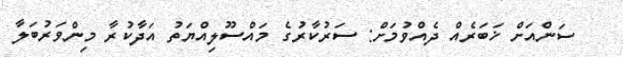
ސަންއަށް ޚަބަރެއް ދެއްވުމަށް: ސަރުކާރުގެ މައްސޫލިއްޔަތު އަދާކުރާ މިންވަރުބަލާ